Manual of vaccination for the United Provinces of Agra and Oudh -
Year: 1903
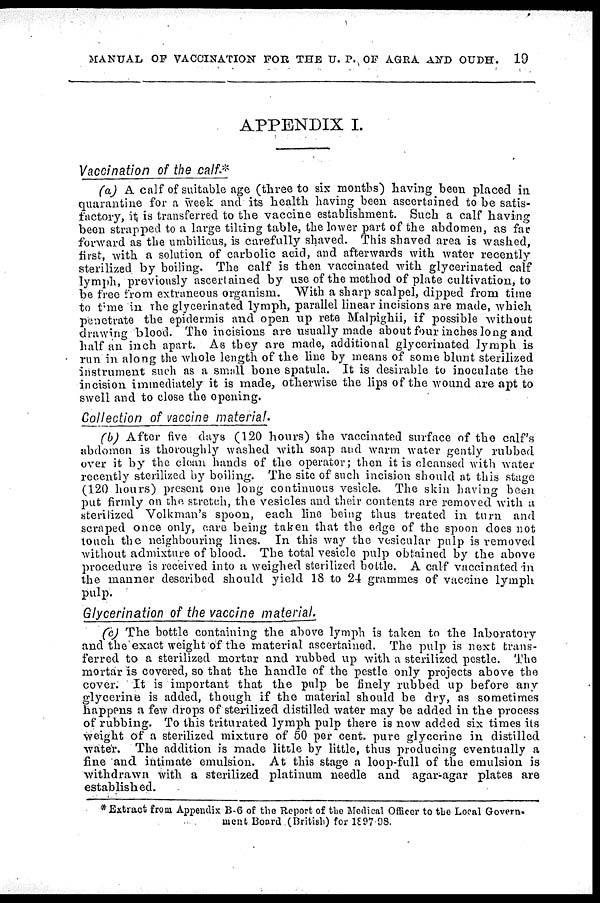
MANUAL OF VACCINATION FOR THE U. P. OF AGRA AND OUDH.
19
APPENDIX I.
Vaccination of the calf.*
(a) A calf of suitable age (three to six months) having been placed in
quarantine for a week and its health having been ascertained to be satis-
factory, it is transferred to the vaccine establishment. Such a calf having
been strapped to a large tilting table, the lower part of the abdomen, as far.
forward as the umbilicus, is carefully shaved. This shaved area is washed,
first, with a solution of carbolic acid, and afterwards with water recently
sterilized by boiling. The calf is then vaccinated with glycerinated calf
lymph, previously ascertained by use of the method of plate cultivation, to
be free from extraneous organism. With a sharp scalpel, dipped from time
to time in the glycerinated lymph, parallel linear incisions are made, which
penetrate the epidermis and open up rete Malpighii, if possible without
drawing blood. The incisions are usually made about four inches long and
half an inch apart. As they are made, additional glycerinated lymph is
run in along the whole length of the line by means of some blunt sterilized
instrument such as a small bone spatula. It is desirable to inoculate the
incision immediately it is made, otherwise the lips of the wound are apt to
swell and to close the opening.
Collection of vaccine material.
(b) After five days (120 hours) the vaccinated surface of the calf's
abdomen is thoroughly washed with soap and warm water gently rubbed
over it by the clean hands of the operator; then it is cleansed with water
recently sterilized by boiling. The site of such incision should at this stage
(120 hours) present one long continuous vesicle. The skin having been
put firmly on the stretch, the vesicles and their contents are removed with a
sterilized Volkman's spoon, each line being thus treated in turn and
scraped once only, care being taken that the edge of the spoon does not
touch the neighbouring lines. In this way the vesicular pulp is removed
without admixture of blood. The total vesicle pulp obtained by the above
procedure is received into a weighed sterilized bottle. A calf vaccinated in
the manner described should yield 18 to 24 grammes of vaccine lymph
pulp.
Glycerination of the vaccine material.
(c) The bottle containing the above lymph is taken to the laboratory
and the exact weight of the material ascertained. The pulp is next trans-
ferred to a sterilized mortar and rubbed up with a sterilized pestle. The
mortar is covered, so that the handle of the pestle only projects above the
cover. It is important that the pulp be finely rubbed up before any
glycerine is added, though if the material should be dry, as sometimes
happens a few drops of sterilized distilled water may be added in the process
of rubbing. To this triturated lymph pulp there is now added six times its
weight of a sterilized mixture of 50 per cent. pure glycerine in distilled
water. The addition is made little by little, thus producing eventually a
fine and intimate emulsion. At this stage a loop-full of the emulsion is
withdrawn with a sterilized platinum needle and agar-agar plates are
established.
*Extract from Appendix B-6 of the Report of the Medical Officer to the Local Govern-
ment Board (British) for 1897-98.